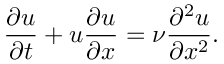
\frac { \partial u } { \partial t } + u \frac { \partial u } { \partial x } = \nu \frac { \partial ^ { 2 } u } { \partial x ^ { 2 } } .